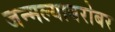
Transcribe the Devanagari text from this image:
जन्मल्याबरोबर